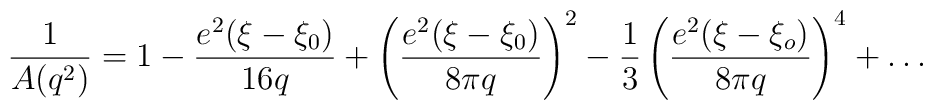
\frac{1}{A(q^2)} = 1 - \frac{e^2(\xi - \xi_0)}{16q} +     \left(\frac{e^2(\xi - \xi_0)}{8\pi q}\right)^2 -   \frac{1}{3} \left(\frac{e^2(\xi - \xi_o)}{8\pi q}\right)^4 + \ldots